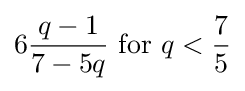
6{q-1 \over 7-5q}{\text{ for }}q<{7 \over 5}